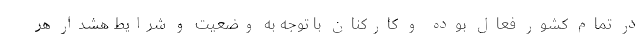
در تمام کشور فعال بوده و کارکنان با توجه به وضعیت و شرایط هشدار هر